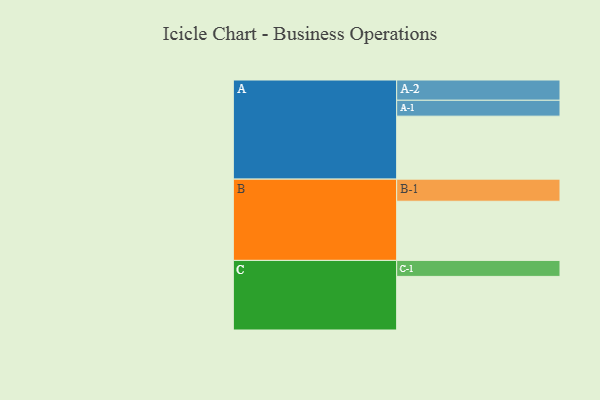
{"axis": {"x": "Segment", "y": "Value"}, "legend": ["", "A", "B", "C"], "data": [{"x": "A", "y": 578, "type": ""}, {"x": "B", "y": 543, "type": ""}, {"x": "C", "y": 492, "type": ""}, {"x": "A-1", "y": 146, "type": "A"}, {"x": "A-2", "y": 186, "type": "A"}, {"x": "B-1", "y": 203, "type": "B"}, {"x": "C-1", "y": 147, "type": "C"}]}